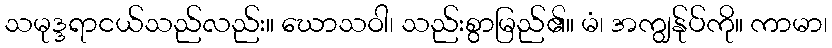
သမုဒ္ဒရာငယ်သည်လည်း။ ဃောသဝါ၊ သည်းစွာမြည်၏။ မံ၊ အကျွန်ုပ်ကို။ ကာမာ၊